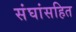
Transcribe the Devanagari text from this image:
संघांसहित